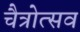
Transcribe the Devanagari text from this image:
चैत्रोत्सव